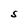
Character: S